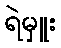
ရဲမှူး